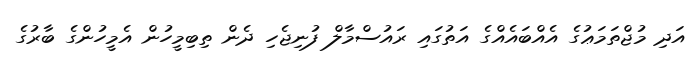
އަދި މުޖްތަމަޢުގެ އެއްބައެއްގެ އަތުގައި ރައުސްމާލް ފުނިޖެހި ދެން ތިބިމީހުން އެމީހުންގެ ބާރުގެ